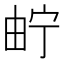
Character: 𤱤